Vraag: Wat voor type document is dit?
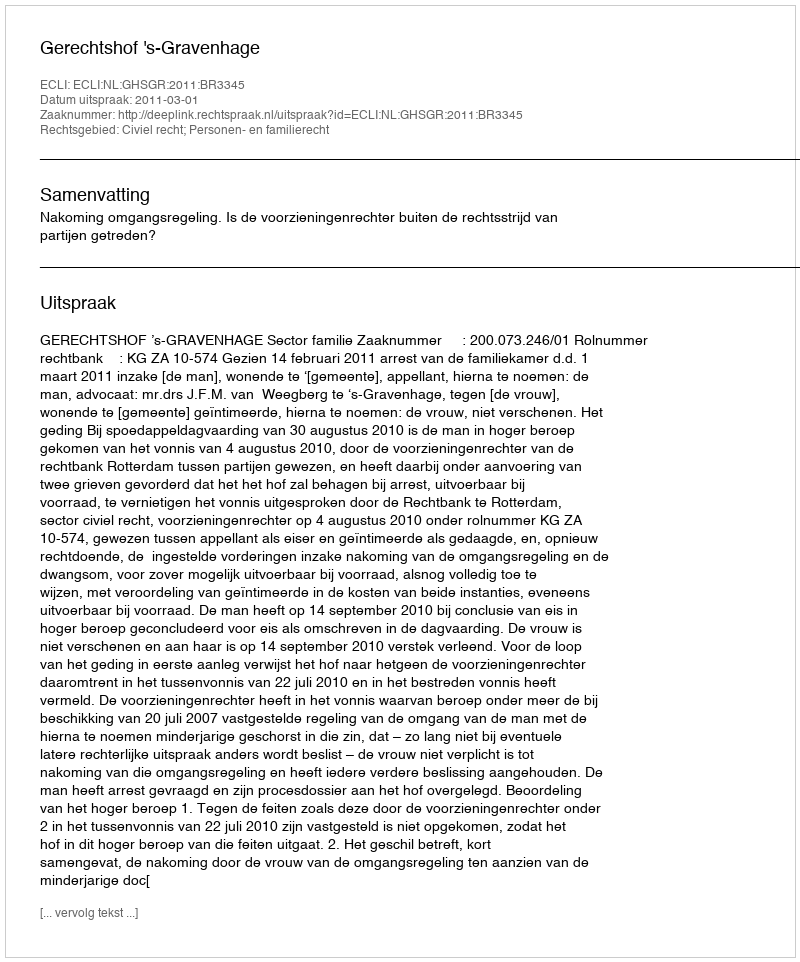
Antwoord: Uitspraak